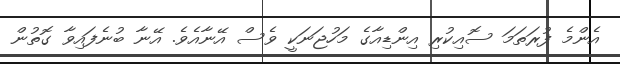
އެންމެ ފުރަތަމަ ސޮއިކުރި އިންޑިއާގެ މަހުޖަނަކީ ވެސް އޭނާއެވެ. އޭނާ ބުނެފައިވާ ގޮތުން